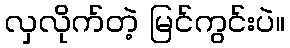
လှလိုက်တဲ့ မြင်ကွင်းပဲ။